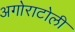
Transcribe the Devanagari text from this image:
अगोराटोली